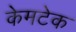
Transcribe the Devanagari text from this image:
केमटेक